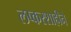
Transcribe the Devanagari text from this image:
लष्करशाहीने